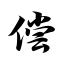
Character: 偿